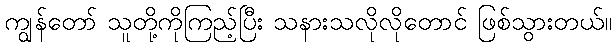
ကျွန်တော် သူတို့ကိုကြည့်ပြီး သနားသလိုလိုတောင် ဖြစ်သွားတယ်။